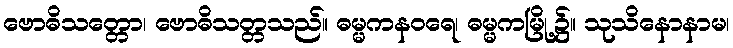
ဗောဓိသတ္တော၊ ဗောဓိသတ္တသည်။ ဓမ္မကနဝရေ၊ ဓမ္မကမြို့၌။ သုသိနောနာမ၊